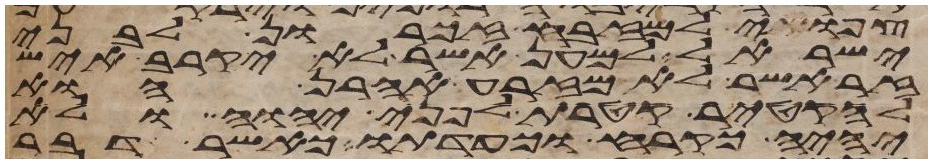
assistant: צפואי למזבח זכרון לבני
ישראל למען אשר לא יקרב איש
זר אשר לא מזרע אהרן הוא
להקטיר קטרת לפני יהוה ולא
יהיה כקרח וכעדתו כאשר דבר